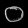
Digit: ၀